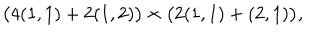
\big ( 4 ( 1 , 1 ) + 2 ( 1 , 2 ) \big ) \times \big ( 2 ( 1 , 1 ) + ( 2 , 1 ) \big ) ,